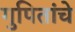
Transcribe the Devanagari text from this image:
गुपितांचे